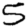
Digit: 5